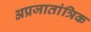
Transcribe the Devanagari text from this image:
अप्रजातांत्रिक